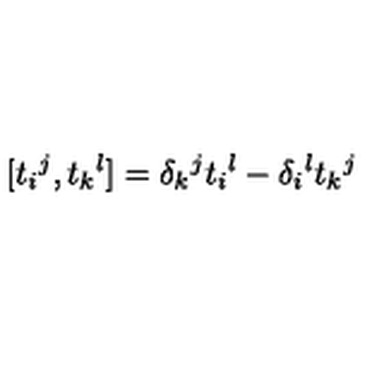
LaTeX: [ t _ { i } { } ^ { j } , t _ { k } { } ^ { l } ] = \delta _ { k } { } ^ { j } t _ { i } { } ^ { l } - \delta _ { i } { } ^ { l } t _ { k } { } ^ { j }